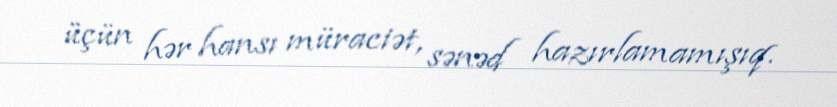
üçün hər hansı müraciət, sənəd hazırlamamışıq.